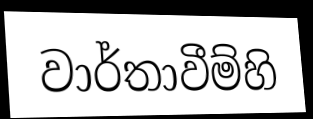
වාර්තාවීම්හි